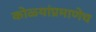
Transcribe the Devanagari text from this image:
कोळ्यांप्रमाणेच